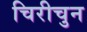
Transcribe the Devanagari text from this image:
चिरीचुन